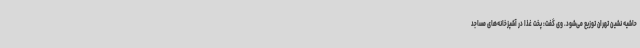
حاشیه نشین تهران توزیع می‌شود. وی گفت: پخت غذا در آشپزخانه‌های مساجد